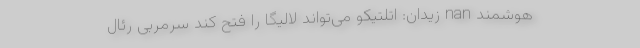
هوشمند nan زیدان: اتلتیکو می‌تواند لالیگا را فتح کند سرمربی رئال